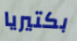
بكتيريا